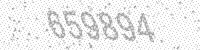
Solution: 659894